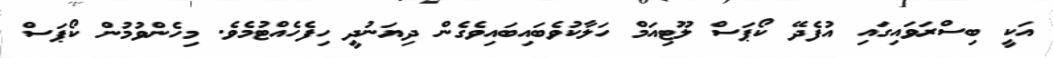
އަކީ ބިސްރަވައިގައި އުފެދޭ ކޯޕަސް ލޫޓިއަމް ހަލާކުވެބައިބައިވެގެން ދިޔަނުދީ ހިފެހެއްޓުމެވެ. މިހެންވުމުން ކޯޕަސް